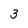
Character: 3